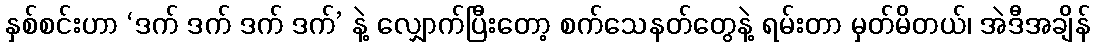
နှစ်စင်းဟာ ‘ဒက် ဒက် ဒက် ဒက်’ နဲ့ လျှောက်ပြီးတော့ စက်သေနတ်တွေနဲ့ ရမ်းတာ မှတ်မိတယ်၊ အဲဒီအချိန်